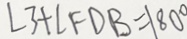
\angle 3 + \angle F D B = 1 8 0 ^ { \circ }